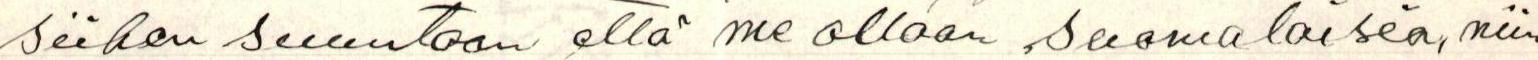
siihen suuntaan että me ollaan suomalaisia, niin